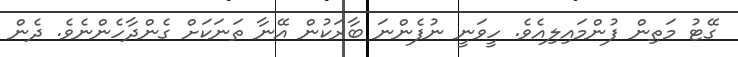
ގޭޓު މަތިން ފުންމައިލިއެވެ. ހީވަނީ ނުފެންނަ ބާރަކުން އޭނާ ތަނަކަށް ގެންދާހެންނެވެ. ދެން